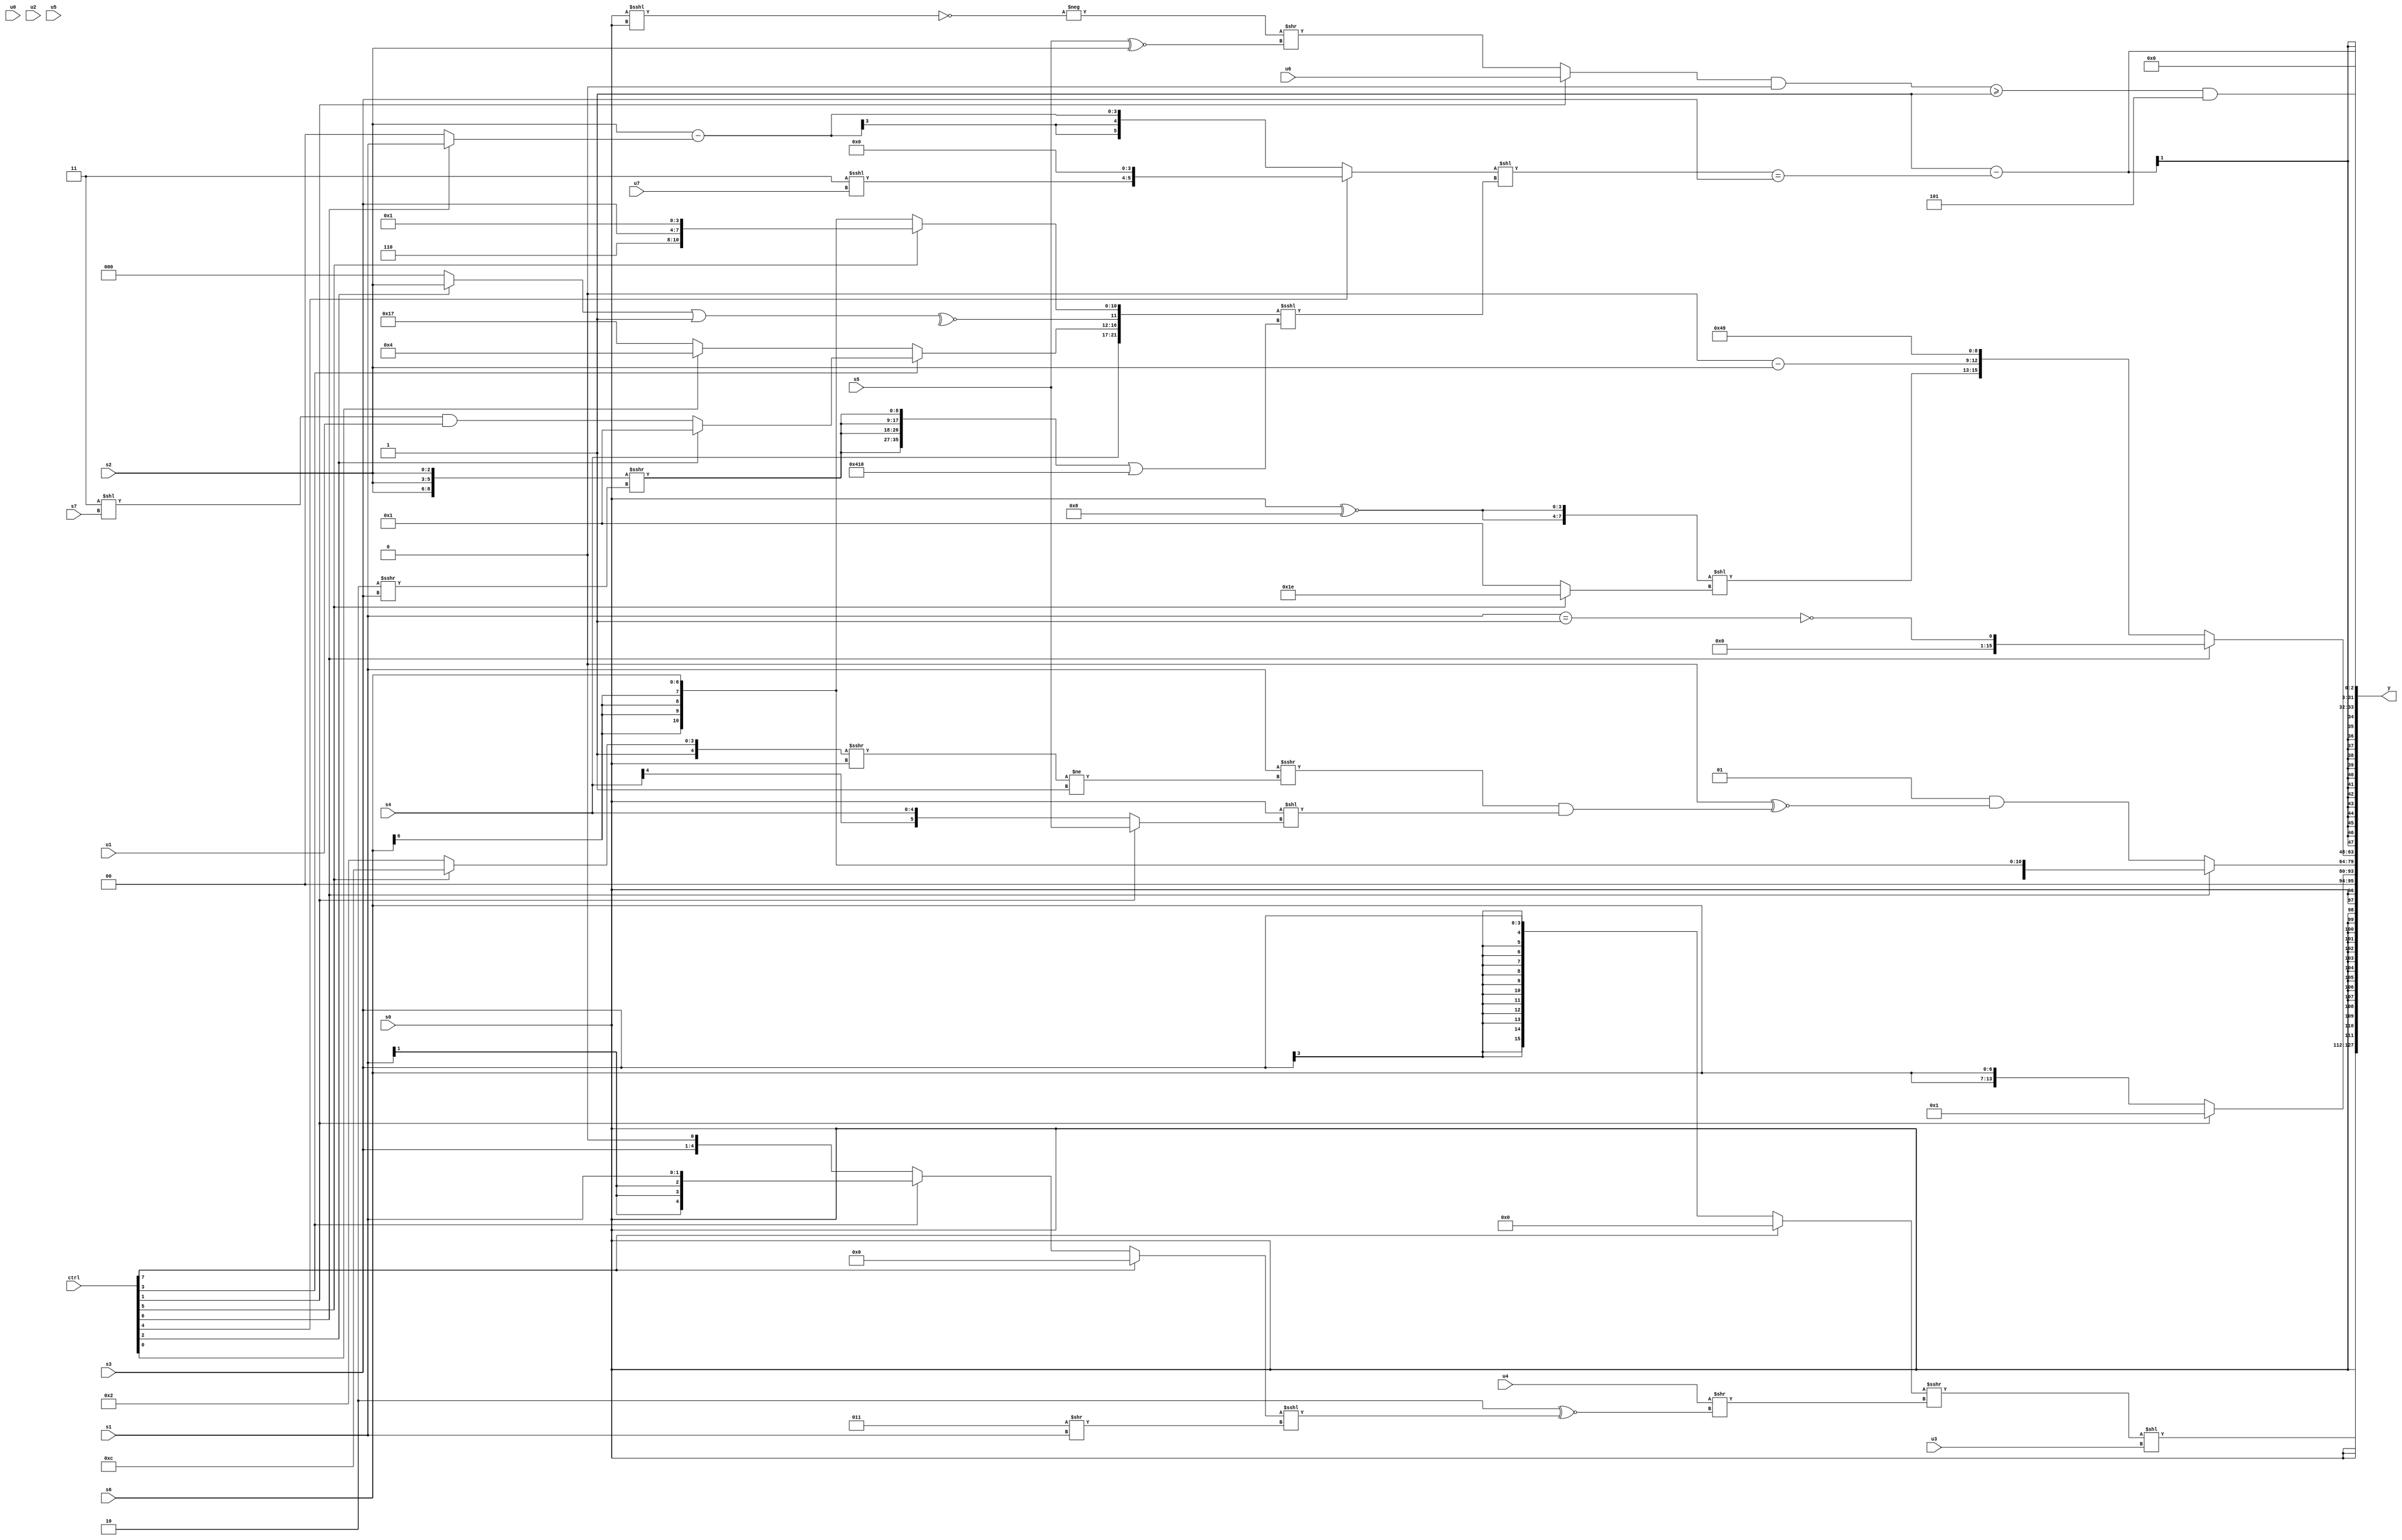
module wideexpr_00325(ctrl, u0, u1, u2, u3, u4, u5, u6, u7, s0, s1, s2, s3, s4, s5, s6, s7, y);
  input [7:0] ctrl;
  input [0:0] u0;
  input [1:0] u1;
  input [2:0] u2;
  input [3:0] u3;
  input [4:0] u4;
  input [5:0] u5;
  input [6:0] u6;
  input [7:0] u7;
  input signed [0:0] s0;
  input signed [1:0] s1;
  input signed [2:0] s2;
  input signed [3:0] s3;
  input signed [4:0] s4;
  input signed [5:0] s5;
  input signed [6:0] s6;
  input signed [7:0] s7;
  output [127:0] y;
  wire [15:0] y0;
  wire [15:0] y1;
  wire [15:0] y2;
  wire [15:0] y3;
  wire [15:0] y4;
  wire [15:0] y5;
  wire [15:0] y6;
  wire [15:0] y7;
  assign y = {y0,y1,y2,y3,y4,y5,y6,y7};
  assign y0 = (((ctrl[7]?-(+(3'sb000)):s3))>>>((u4)>>((3'sb110)^~(($signed((ctrl[7]?((4'sb1010)|(5'sb00010))<<<(4'sb0111):(ctrl[3]?+(s1):(s3)<<(1'sb1)))))<<<((3'sb011)>>(s1))))))<<(u3);
  assign y1 = s0;
  assign y2 = (ctrl[1]?(+($signed({1{$signed(~&(5'sb00111))}})))<<<(((!(3'sb000))<<<(+(6'sb110101)))<<(4'sb0111)):{1{+({2{$signed($signed(s6))}})}});
  assign y3 = (ctrl[6]?s6:(5'sb00001)&((3'sb000)^~(((s1)>>>(-((((ctrl[5]?5'b11100:6'b010010))>>>(-(s0)))!=({1{1'sb1}}))))&($signed((s0)<<((ctrl[1]?s5:(ctrl[1]?$signed(3'b001):s4))))))));
  assign y4 = (ctrl[6]?$unsigned($unsigned(~&((s1)==(2'sb11)))):{({2{(s0)^~(4'sb1000)}})<<(+((ctrl[5]?6'b011110:3'sb001))),(4'sb0000)-(s2),({3{3'sb001}})|(!(6'b110001))});
  assign y5 = (|(-(+({4'sb1101,5'sb10111}))))-((((ctrl[4]?+((ctrl[4]?((2'b11)<<<($signed(u7)))<<({3'sb100}):u5)):(s2)-((ctrl[6]?s1:6'sb000000))))<<(({$signed(s4),(ctrl[3]?(ctrl[2]?-(5'b11111):((2'sb11)<<(s7))&($signed(u1))):(ctrl[0]?4'sb0100:+($signed(5'sb10111)))),$signed(~^(((ctrl[2]?s2:1'sb0))|(1'sb1))),(ctrl[5]?$signed({+(3'sb110),s3,$signed(4'sb0001)}):(ctrl[5]?$signed(4'sb0111):$signed(s6)))})<<<(($signed({4{({3{s2}})>>>((4'sb1110)>>>(s3))}}))|({2{$signed(-($signed(6'b110000)))}}))))==(s3));
  assign y6 = 3'b000;
  assign y7 = ((((ctrl[1]?$signed(u6):(-(((s0)<<<(s0))==((s0)<<<(6'sb101011))))>>((s5)^~(s2))))&(1'b0))>=(&(2'sb11)))&(3'sb101);
endmodule